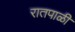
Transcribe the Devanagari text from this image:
रातपाळी